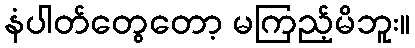
နံပါတ်တွေတော့ မကြည့်မိဘူး။